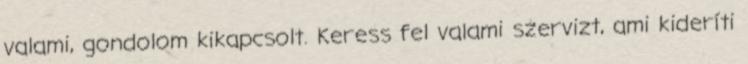
valami, gondolom kikapcsolt. Keress fel valami szervizt, ami kideríti